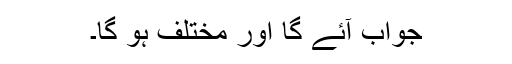
جواب آئے گا اور مختلف ہو گا۔